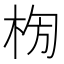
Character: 𣑈